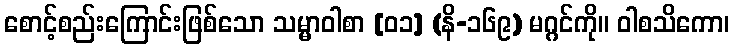
စောင့်စည်းကြောင်းဖြစ်သော သမ္မာဝါစာ [၀၁] (နိ-၁၆၉) မဂ္ဂင်ကို။ ဝါစသိကော၊